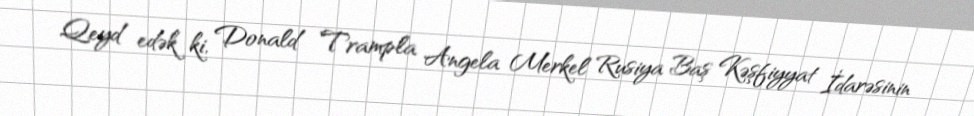
Qeyd edək ki, Donald Trampla Angela Merkel Rusiya Baş Kəşfiyyat İdarəsinin